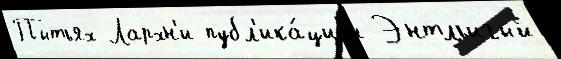
Пытьях Лархн'и публ'ика́циjи Энтльигый